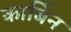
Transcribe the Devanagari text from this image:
कार्बिन